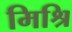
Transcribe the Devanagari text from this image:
मिश्रि